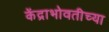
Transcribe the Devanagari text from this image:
केंद्राभोवतीच्या